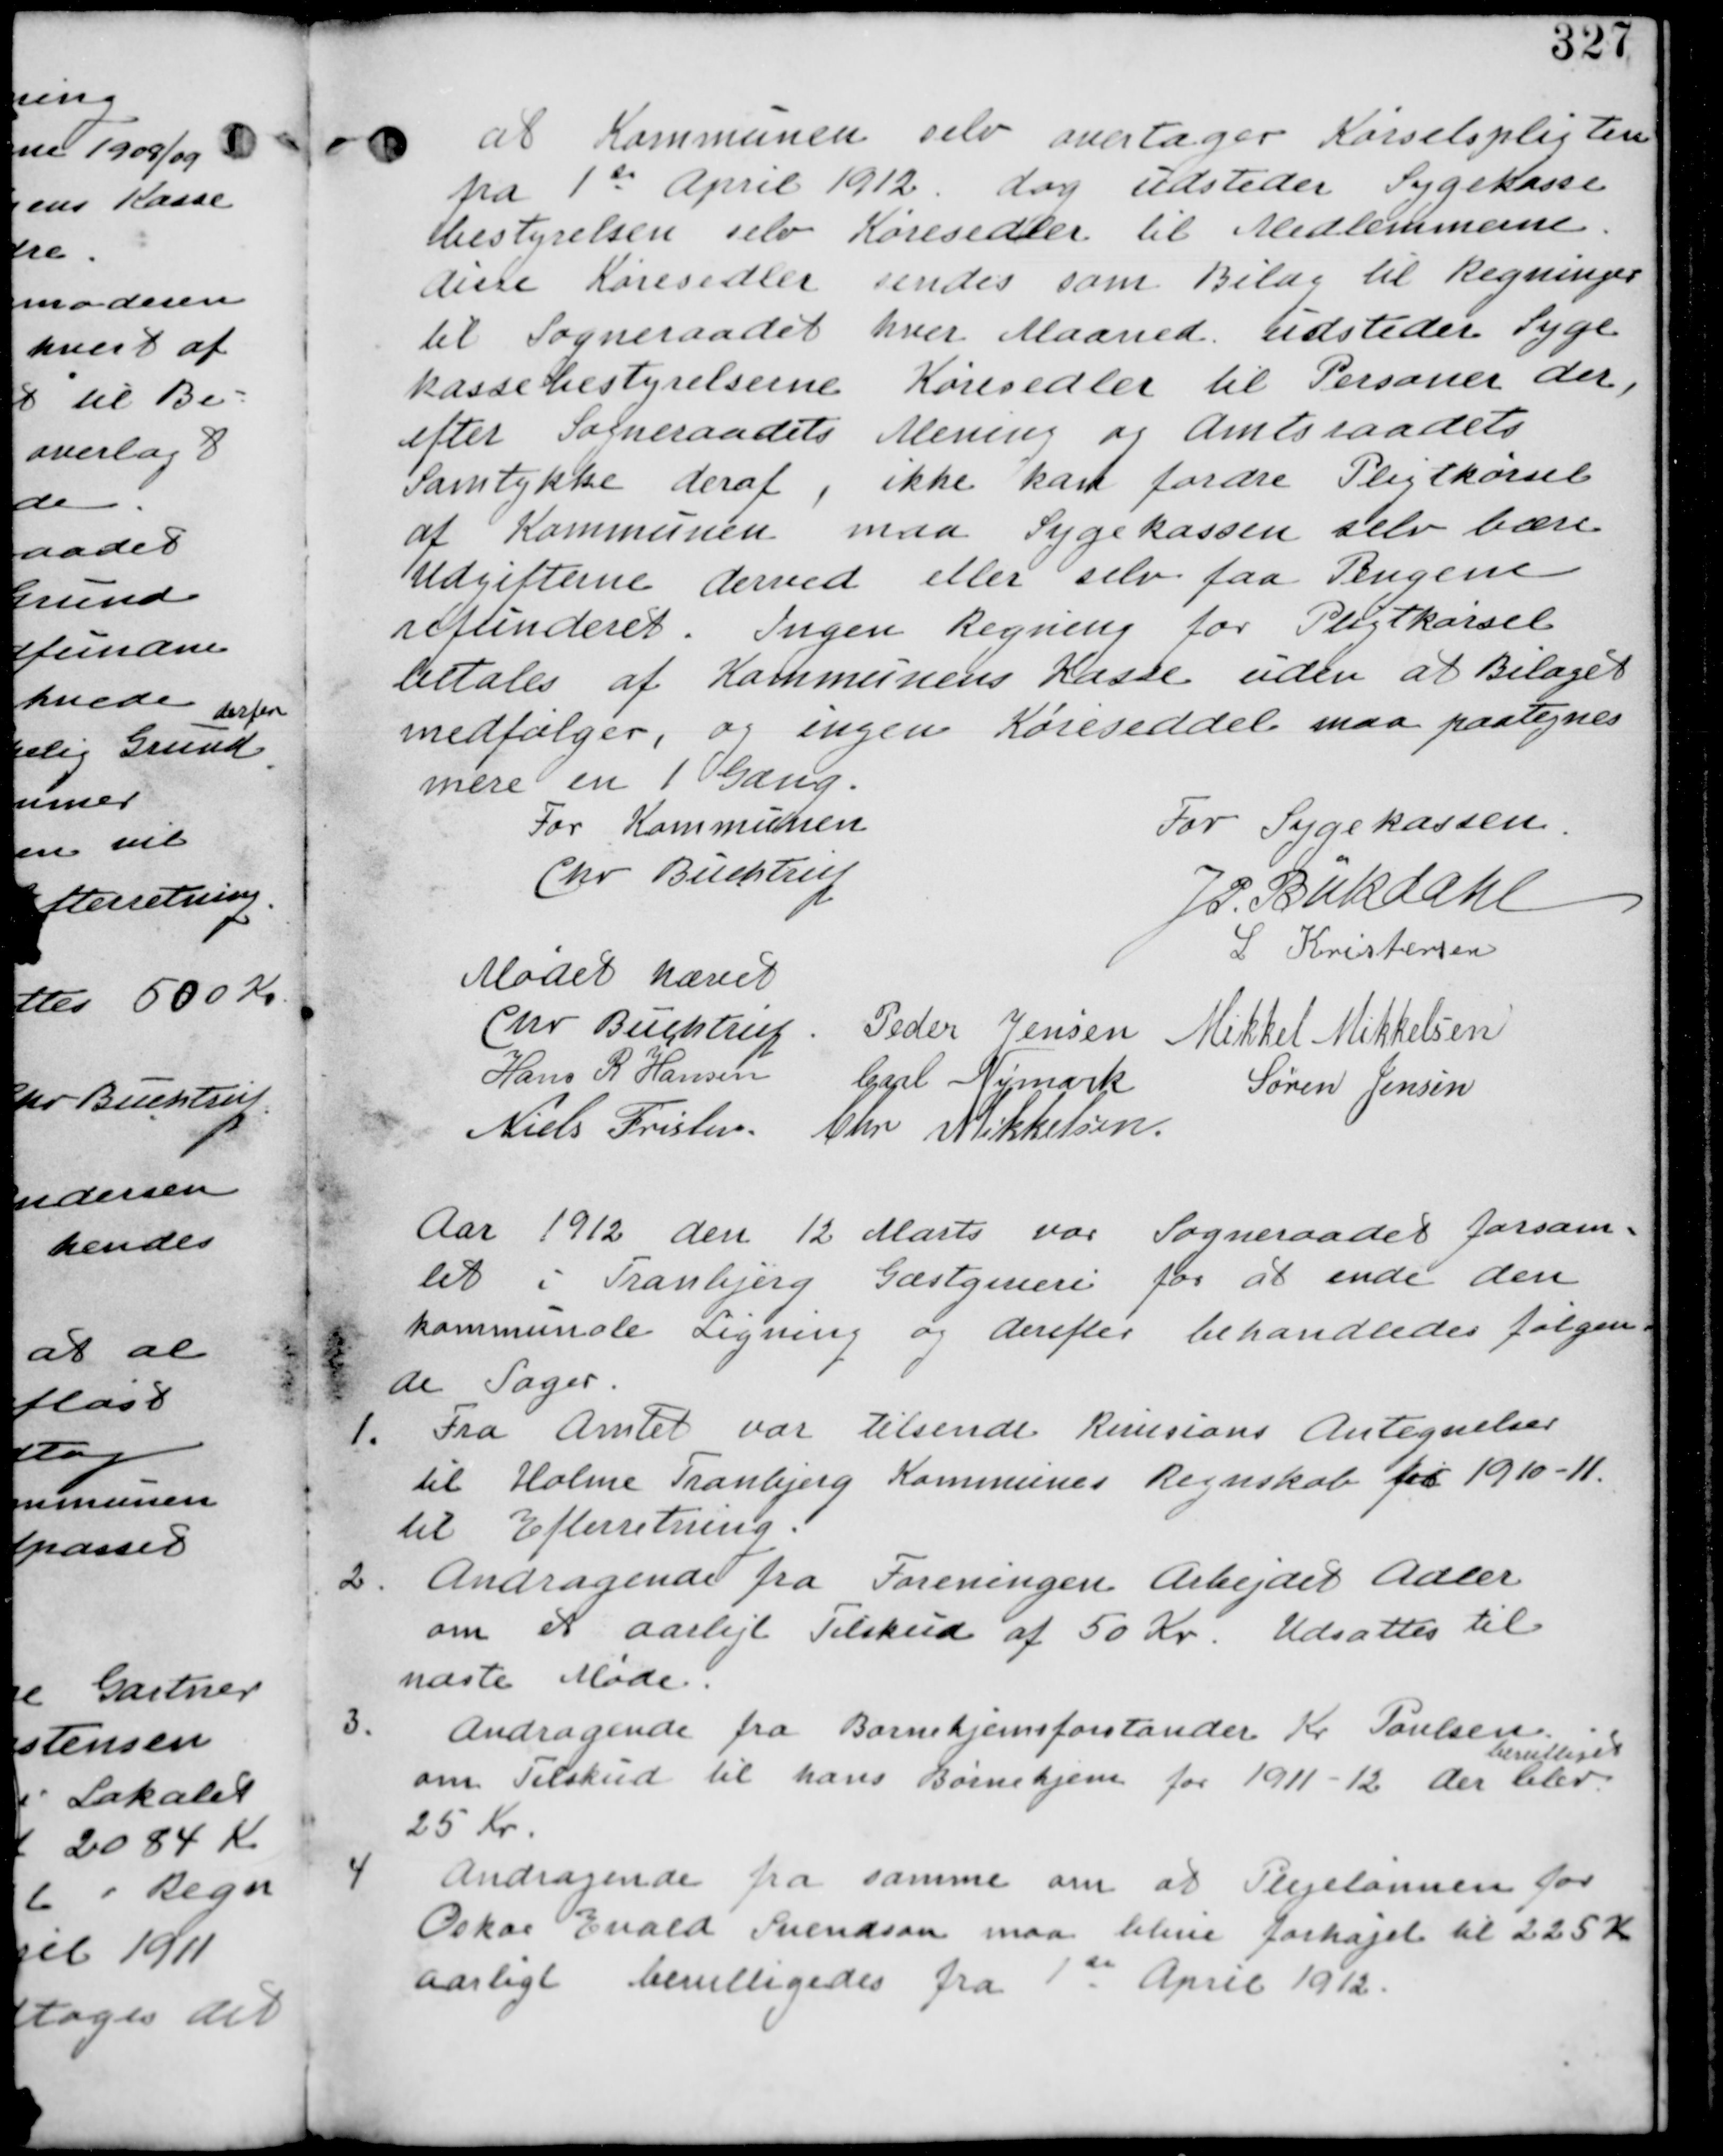
Transskription:
at Kommunen selv overtager Kørselsforpligten
fra 1st April 1912. dog udsteder Sygekasse
bestyrelsen selv Køresedler til Medlemmerne.
disse Køresedler sendes som Bilag til Regninger
til Sogneraadet hver maaned. udsteder Syge
kassebestyrelserne Køresedler til Personer der,
efter Sogneraadets Mening og Amtsraadets
Samtykke deraf, ikke kan fordre Pligtkørsel
af Kommunen maa Sygekassen selv bære
Udgifterne derved eller selv faa Pengene
refunderet. Ingen Regning for Pligtkørsel
betales af Kommunens Kasse uden at Bilaget
medfølger, og ingen Køreseddel maa paategnes
mere end 1 Gang.

For Sygekassen
JP.Buhdahl
L Kristensen

For Kommunen
Chr. Buchtrup

Mødet hævet

Chr. Buchtrup. Peder Jensen. Mikkel Mikkelsen
Hans R Hansen Karl Nymark
Søren Jensen
Niels Frislev Chr Mikkelsen

Aar 1912 den 12 Marts var Sogneraadet forsam-
let i Tranbjerg Gæstgiveri for at ende den
kommunale Ligning og derefter behandledes følgen-
de Sager

1. Fra Amtet var tilsendt Revisions Antegnelser
til Holme Tranbjerg Kommunes Regnskab for 1910-11
til Efterretning

2. Andragende fra Foreningen Arbejdet Adler
om et aarligt Tilskud af 50 Kr. Udsattes til
næste Møde

3.
Andragende fra Barnehjemsforstander Kr. Poulsen
om Tilskud til hans Børnehjem for 1911-12 der blev
bevilliget
25 Kr.

4. Andragende fra samme om at Plejelønnen for
Oscar Ewald Svendsen maa blive forhøjet til 225 Kr
aarligt bevilliges fra 1te April 1912.